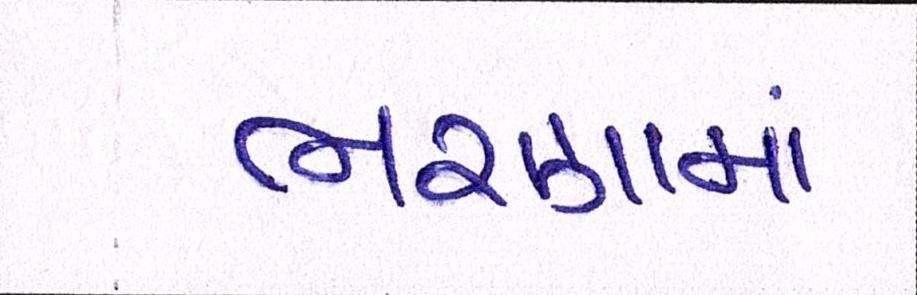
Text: ભરણામાં